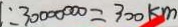
: 3 0 0 0 0 0 0 0 = 3 0 0 k m